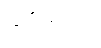
နိုဗမ်ဘာ